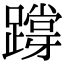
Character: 𨅝